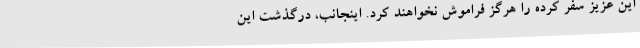
این عزیز سفر کرده را هرگز فراموش نخواهند کرد. اینجانب، درگذشت این